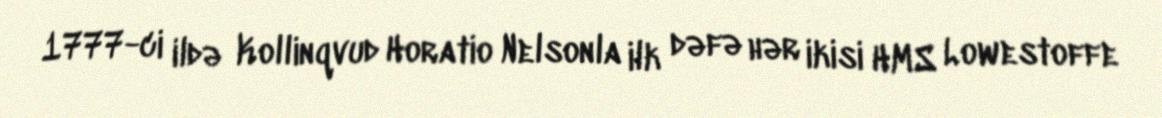
1777-ci ildə Kollinqvud Horatio Nelsonla ilk dəfə hər ikisi HMS Lowestoffe